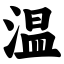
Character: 温